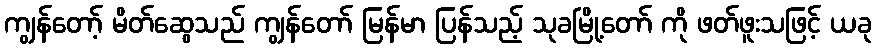
ကျွန်တော့် မိတ်ဆွေသည် ကျွန်တော် မြန်မာ ပြန်သည့် သုခမြို့တော် ကို ဖတ်ဖူးသဖြင့် ယခု